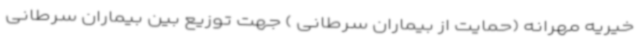
خیریه مهرانه (حمایت از بیماران سرطانی ) جهت توزیع بین بیماران سرطانی